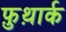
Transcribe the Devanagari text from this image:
फ़ुथ़ार्क